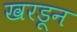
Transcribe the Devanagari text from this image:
खरडून